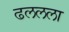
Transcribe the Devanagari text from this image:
ढललला